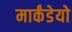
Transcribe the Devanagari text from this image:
मार्कंडेयो